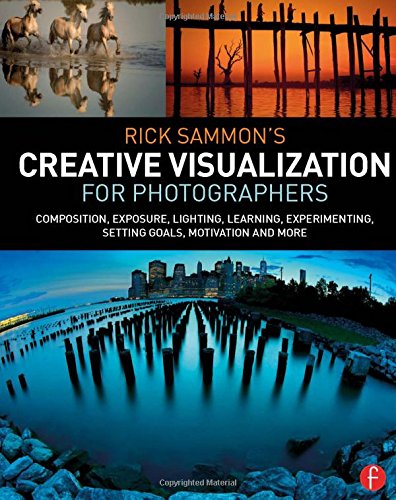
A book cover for Rick Sammon's Creative Visualization for Photographers: Composition, exposure, lighting, learning, experimenting, setting goals, motivation and more; Rick Sammon; Arts & Photography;